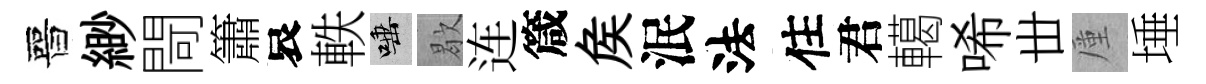
晉緲閜簫哀軼唾歇连箴矦泯法住君轕唏丗厪埵